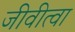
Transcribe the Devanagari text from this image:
जीवीत्वा